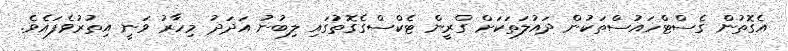
އެގޮތުން ގެސްޓްހައުސްތަކުން ދައުލަތަކަށް ގްރީން ޓެކްސްގެގޮތުގައި ލިބުނު އަދަދު މިހާރު ވަނީ އިތުރުވެފައެވެ.